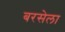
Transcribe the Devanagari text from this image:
बरसेला